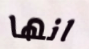
انها